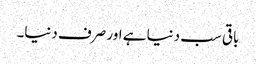
باقی سب دنیا ہے اور صرف دنیا۔